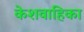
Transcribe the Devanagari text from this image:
केशवाहिका